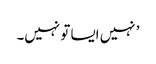
’ نہیں ایسا تو نہیں۔